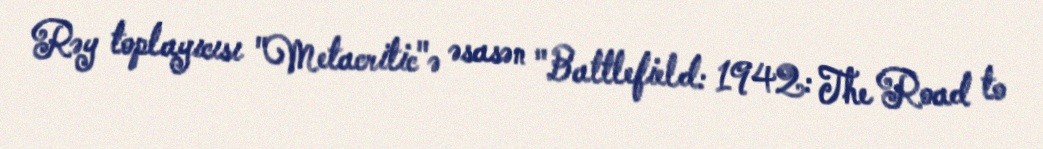
Rəy toplayıcısı "Metacritic"ə əsasən "Battlefield: 1942: The Road to